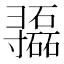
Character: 𫴷